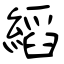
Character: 縚